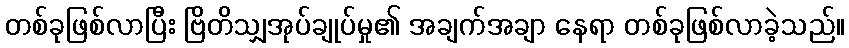
တစ်ခုဖြစ်လာပြီး ဗြိတိသျှအုပ်ချုပ်မှု၏ အချက်အချာ နေရာ တစ်ခုဖြစ်လာခဲ့သည်။